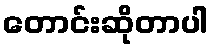
တောင်းဆိုတာပါ